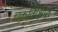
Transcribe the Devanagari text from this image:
चक्रविक्षिप्त